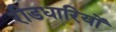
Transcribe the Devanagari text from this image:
रीडधारियों